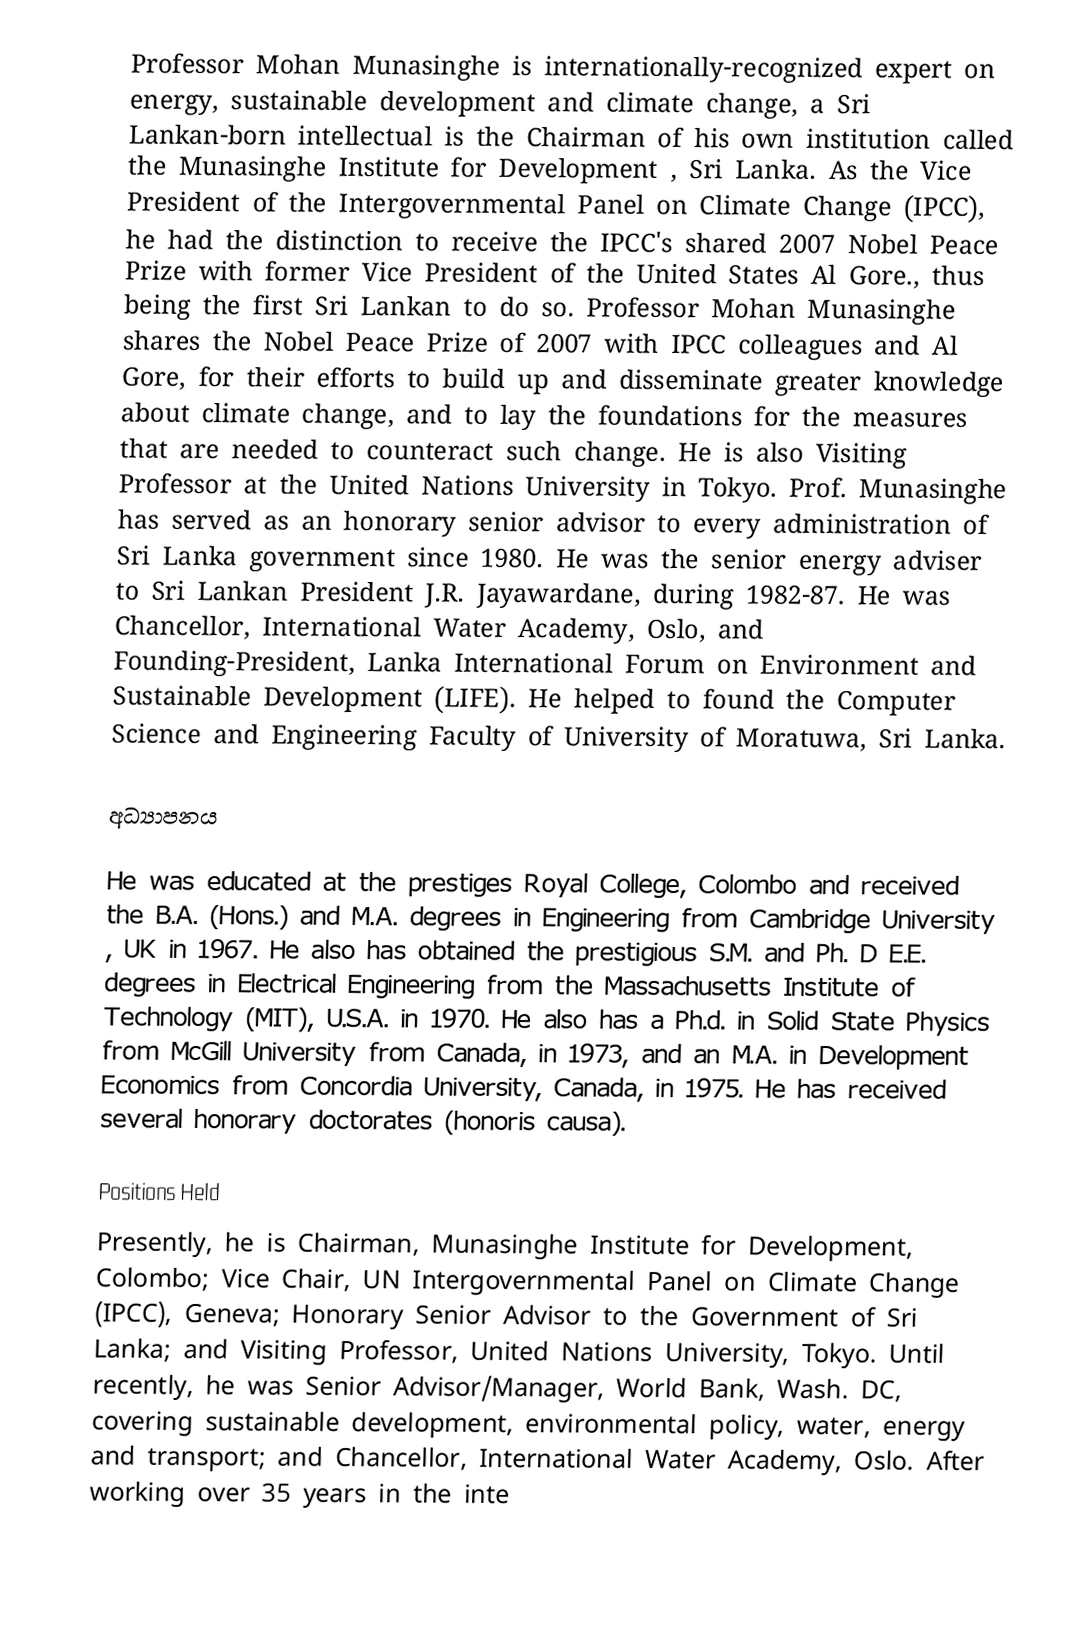
Professor Mohan Munasinghe is internationally-recognized expert on energy, sustainable development and climate change, a Sri Lankan-born intellectual is the Chairman of his own institution called the  Munasinghe Institute for Development , Sri Lanka. As the Vice President of the  Intergovernmental Panel on Climate Change (IPCC), he had the distinction to receive the IPCC's shared 2007 Nobel Peace Prize with former Vice President of the United States Al Gore., thus being the first Sri Lankan to do so. Professor Mohan Munasinghe shares the Nobel Peace Prize of 2007 with IPCC colleagues and Al Gore, for their efforts to build up and disseminate greater knowledge about climate change, and to lay the foundations for the measures that are needed to counteract such change. He is also Visiting Professor at the United Nations University in Tokyo. Prof. Munasinghe has served as an honorary senior advisor to every administration of Sri Lanka government since 1980. He was the senior energy adviser to Sri Lankan President J.R. Jayawardane, during 1982-87. He was Chancellor, International Water Academy, Oslo, and Founding-President, Lanka International Forum on Environment and Sustainable Development (LIFE). He helped to found the Computer Science and Engineering Faculty of University of Moratuwa, Sri Lanka.

අධ්‍යාපනය

He was educated at the prestiges Royal College, Colombo and received the B.A. (Hons.) and M.A. degrees in Engineering from Cambridge University , UK in 1967. He also has obtained the prestigious S.M. and Ph. D E.E. degrees in Electrical Engineering from the Massachusetts Institute of Technology (MIT), U.S.A. in 1970. He also has a Ph.d. in Solid State Physics from McGill University from Canada, in 1973, and an M.A. in Development Economics from Concordia University, Canada, in 1975. He has received several honorary doctorates (honoris causa).

Positions Held
Presently, he is Chairman, Munasinghe Institute for Development, Colombo; Vice Chair, UN Intergovernmental Panel on Climate Change (IPCC), Geneva; Honorary Senior Advisor to the Government of Sri Lanka; and Visiting Professor, United Nations University, Tokyo. Until recently, he was Senior Advisor/Manager, World Bank, Wash. DC, covering sustainable development, environmental policy, water, energy and transport; and Chancellor, International Water Academy, Oslo. After working over 35 years in the inte